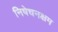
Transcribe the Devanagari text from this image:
निषेचनक्षम